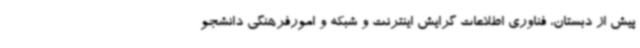
پیش از دبستان، فناوری اطلاعات گرایش اینترنت و شبکه و امورفرهنگی دانشجو